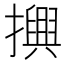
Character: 𢷲